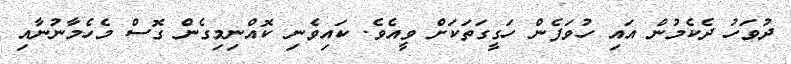
ދުވަހު ދެކެމުން އައި ހުވަފެން ހަގީގަތަކަށް ވީއެވެ. ކައިވެނި ކޮއްނިމިގެން ގޮސް މެހެމާނުނާއި